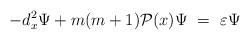
LaTeX: \begin{align*}- d_x^2 \Psi + m(m + 1) {\cal P}(x) \Psi \ =\ \varepsilon \Psi\end{align*}